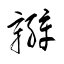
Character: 辮